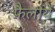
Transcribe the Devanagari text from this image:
फैलायें